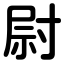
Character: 尉